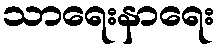
သာရေးနာရေး